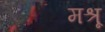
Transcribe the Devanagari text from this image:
मश्रू